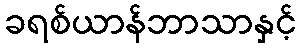
ခရစ်ယာန်ဘာသာနှင့်